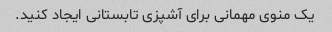
یک منوی مهمانی برای آشپزی تابستانی ایجاد کنید.